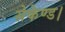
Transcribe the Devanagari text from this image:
सेकेण्ड।